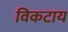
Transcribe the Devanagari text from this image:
विकटाय